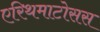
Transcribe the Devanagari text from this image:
एरिथमाटोसस